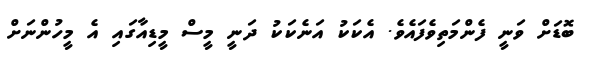
ބޮޑަށް ވަނީ ފެންމަތިވެފައެވެ. އެކަކު އަނެކަކު ދަނީ މީސް މީޑިއާގައި އެ މީހުންނަށް